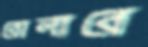
রোলারে